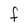
Character: F